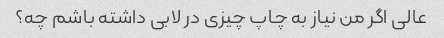
عالی اگر من نیاز به چاپ چیزی در لابی داشته باشم چه؟